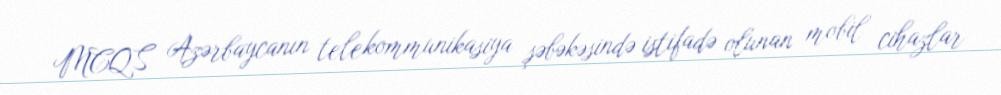
MCQS Azərbaycanın telekommunikasiya şəbəkəsində istifadə olunan mobil cihazlar